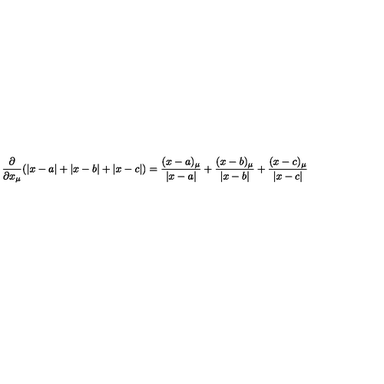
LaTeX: \frac { \partial } { \partial x _ { \mu } } ( \left| x - a \right| + \left| x - b \right| + \left| x - c \right| ) = \frac { ( x - a ) _ { \mu } } { \left| x - a \right| } + \frac { ( x - b ) _ { \mu } } { \left| x - b \right| } + \frac { ( x - c ) _ { \mu } } { \left| x - c \right| }